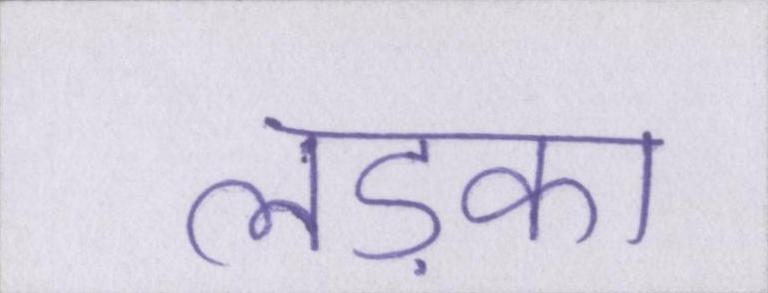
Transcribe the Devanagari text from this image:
लड़का